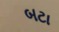
બટા